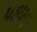
૫૪મા